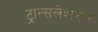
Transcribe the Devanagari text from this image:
ट्रान्सलेशनल